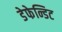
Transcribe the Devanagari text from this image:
डेफेन्डिट